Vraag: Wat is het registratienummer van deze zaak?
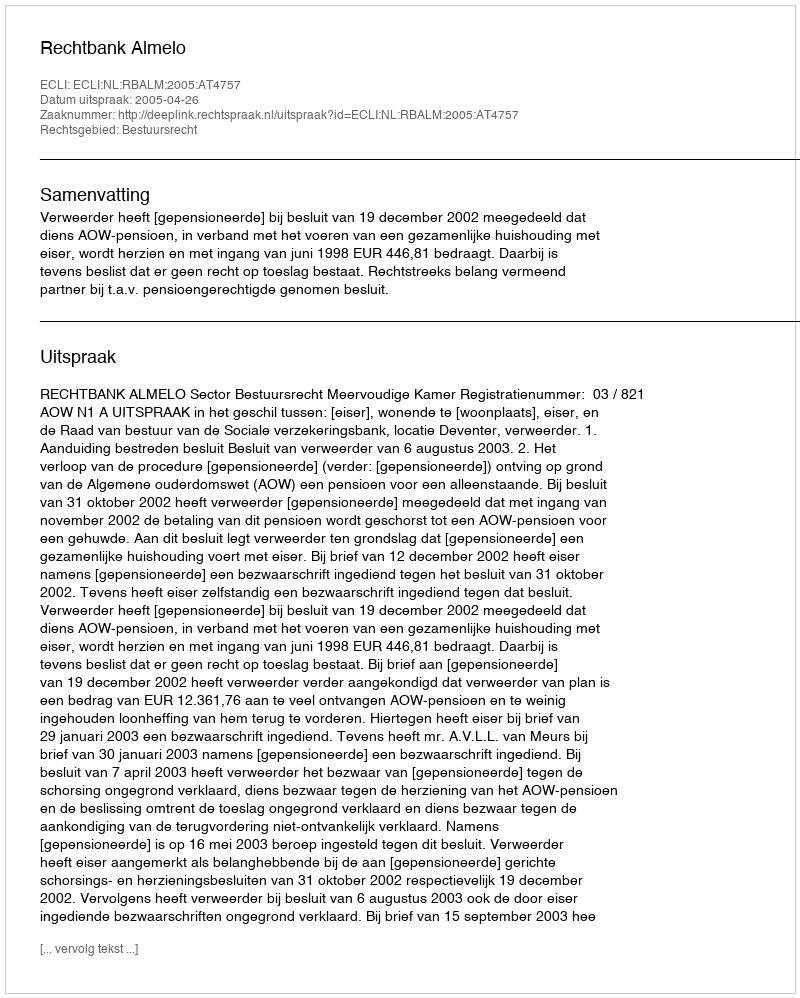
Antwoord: http://deeplink.rechtspraak.nl/uitspraak?id=ECLI:NL:RBALM:2005:AT4757